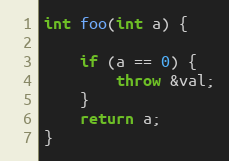
Language: C++
int foo(int a) {

    if (a == 0) {
        throw &val;
    }
    return a;
}